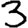
Digit: 3